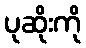
ပုဆိုးကို